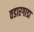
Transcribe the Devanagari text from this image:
वडारगाडा